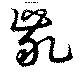
齓